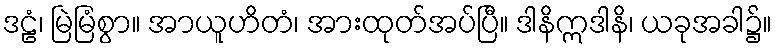
ဒဠံ၊ မြဲမြံစွာ။ အာယူဟိတံ၊ အားထုတ်အပ်ပြီ။ ဒါနိဣဒါနိ၊ ယခုအခါ၌။